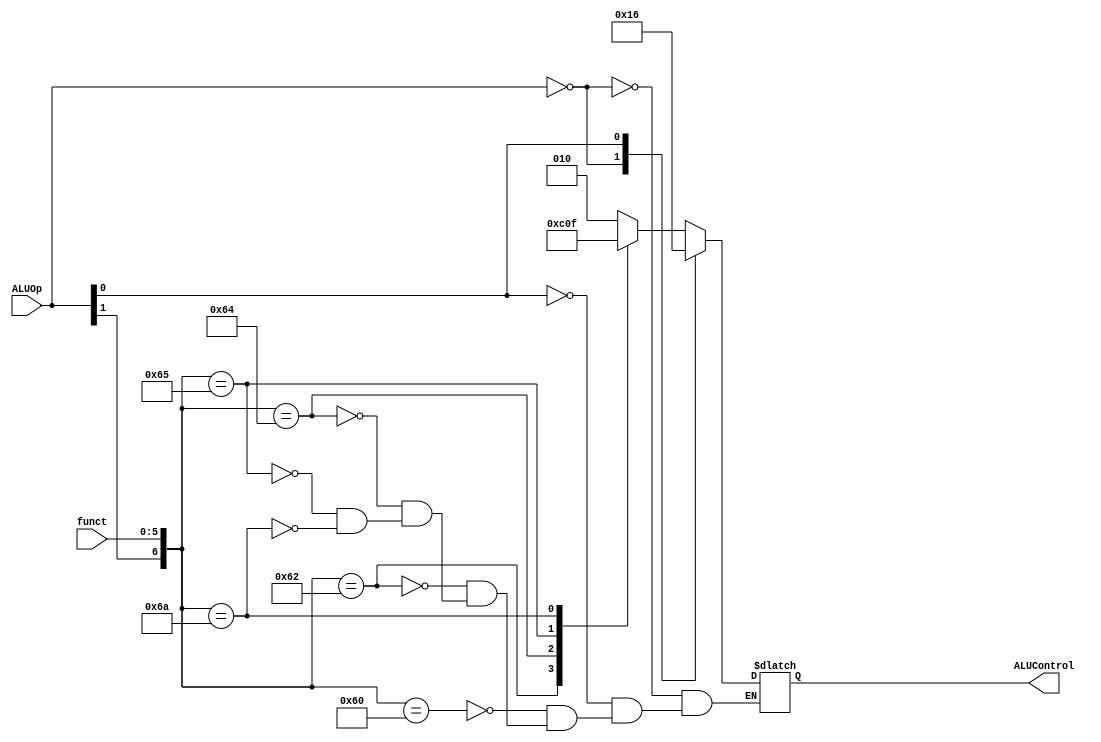
module ALUDecoder(ALUOp,funct,ALUControl);
	input [1:0] ALUOp;
	input [5:0] funct;
	output [2:0] ALUControl;
	reg [2:0] ALUControl;

	always @(ALUOp or funct) begin
		casex ({ALUOp, funct})
			8'b00xxxxxx: ALUControl = 3'b010;
			8'bx1xxxxxx: ALUControl = 3'b110;
			8'b1x100000: ALUControl = 3'b010;
			8'b1x100010: ALUControl = 3'b110;
			8'b1x100100: ALUControl = 3'b000;
			8'b1x100101: ALUControl = 3'b001;
			8'b1x101010: ALUControl = 3'b111;
		endcase
	end
endmodule